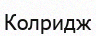
Колридж